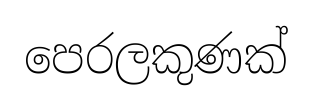
පෙරලකුණක්